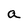
Character: a